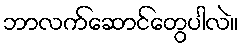
ဘာလက်ဆောင်တွေပါလဲ။